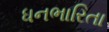
ધનભારિતા